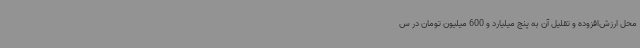
محل ارزش‌افزوده و تقلیل آن به پنج میلیارد و 600 میلیون تومان در س